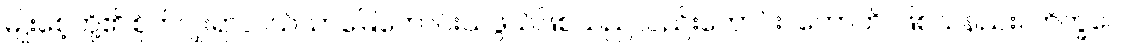
မျိုးစေ့တို့၏ စိုက်ပျိုးရာလယ်ယာမြေကောင်းသဖွယ်ဖြစ်သည်လည်းကောင်း။ ဟောတိ၊ ဖြစ်သနည်း။ ဘိက္ခဝေ၊